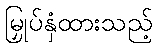
မြှုပ်နှံထားသည့်